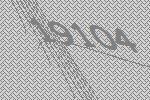
19104